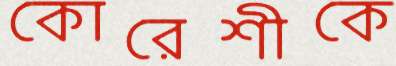
কোরেশীকে